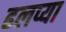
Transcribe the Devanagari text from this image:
ढलप्या